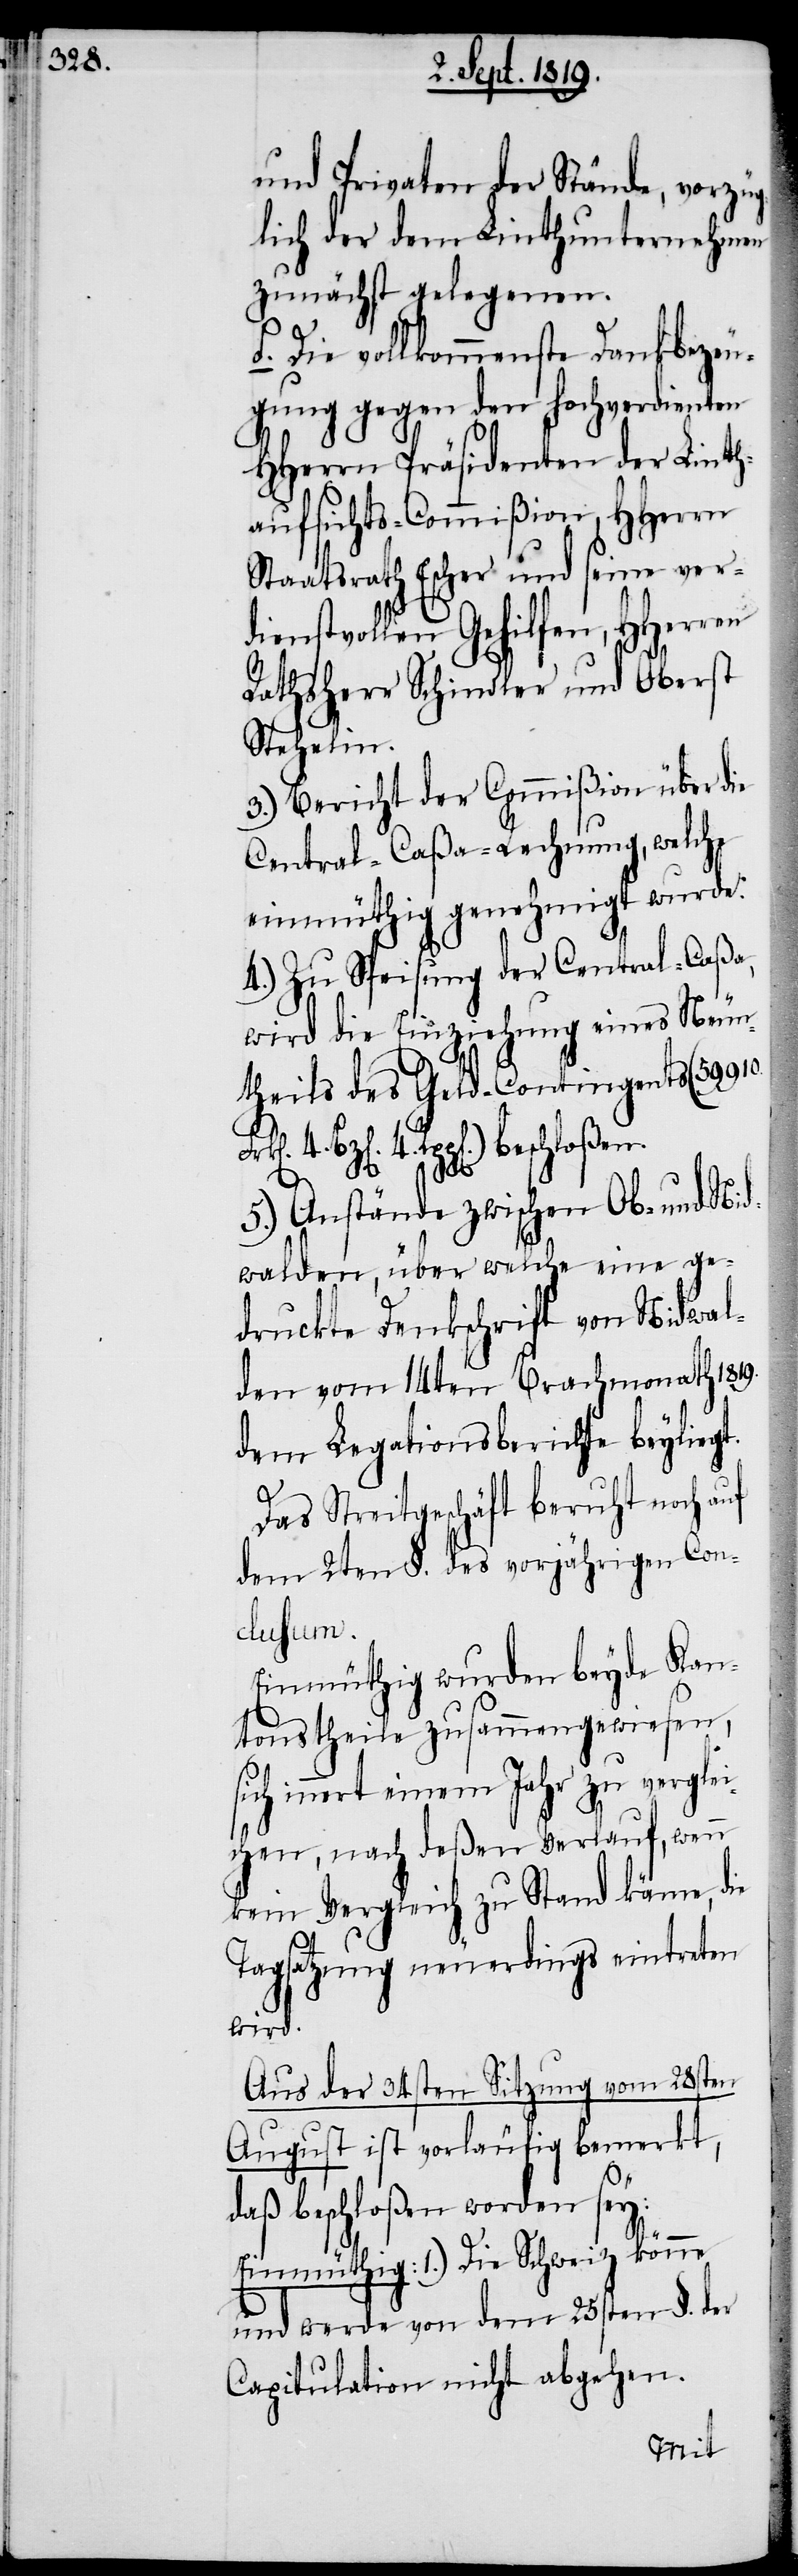
und Privaten der Stände, vorzüg¬
lich der dem Linthunternehmen
zunächst gelegenen.
f. Die vollkommenste Dankbezeu¬
gung gegen den hochverdienten
HHerrn Präsidenten der Linth¬
aufsichts-Commißion, HHerrn
Staatsrath Escher und seine ver¬
dienstvollen Gehilfen, HHerren
Rathsherr Schindler und Oberst
Stehelin.
3.) Bericht der Commißion über die
Central-Caßa-Rechnung, welche
einmüthig genehmigt wurde.
4.) Zu Speisung der Central-Caßa,
wird die Einziehung eines Neun¬
theils des Geld-Contingents (59910.
4. Rpp[en]. beschloßen.
5.) Anstände zwischen Ob- und Nid¬
walden, über welche eine ge¬
druckte Dankschrift von Nidwal¬
den vom 14ten Brachmonath 1819.
dem Legationsberichte beyliegt.
4.
Das Streitgeschäft beruht noch auf
dem 2ten §. des vorjährigen Con¬
clusum.
Einmüthig wurden beyde Kan¬
tonstheile zusammengewiesen,
innert einem Jahr zu verglei¬
chen, nach deßen Verlauf, wenn
kein Vergleich zu Stand käme, die
Tagsatzung neuerdings eintreten
wird.
Aus der 34sten Sitzung vom 28sten
August ist vorläufig bemerkt,
daß beschloßen worden sey:
Einmüthig: 1.) Die Schweiz könne
und werde von dem 25sten §1. der
Capitulation nicht abgehen.